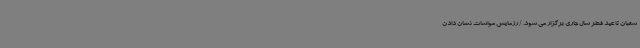
شعبان تا عید فطر سال جاری برگزار می شود. / رزمایش مواسات نشان دادن